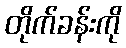
တိုက်ခန်းကို